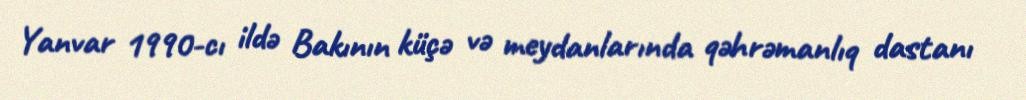
Yanvar 1990-cı ildə Bakının küçə və meydanlarında qəhrəmanlıq dastanı